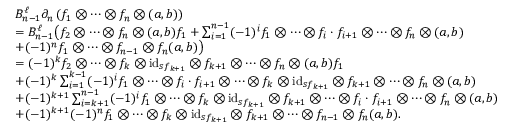
\begin{array} { r l } & { B _ { n - 1 } ^ { \ell } \partial _ { n } \left( f _ { 1 } \otimes \dots \otimes f _ { n } \otimes ( a , b ) \right) } \\ & { = B _ { n - 1 } ^ { \ell } \big ( f _ { 2 } \otimes \dots \otimes f _ { n } \otimes ( a , b ) f _ { 1 } + \sum _ { i = 1 } ^ { n - 1 } ( - 1 ) ^ { i } f _ { 1 } \otimes \dots \otimes f _ { i } \cdot f _ { i + 1 } \otimes \dots \otimes f _ { n } \otimes ( a , b ) } \\ & { + ( - 1 ) ^ { n } f _ { 1 } \otimes \dots \otimes f _ { n - 1 } \otimes f _ { n } ( a , b ) \big ) } \\ & { = ( - 1 ) ^ { k } f _ { 2 } \otimes \dots \otimes f _ { k } \otimes \mathrm { i d } _ { s f _ { k + 1 } } \otimes f _ { k + 1 } \otimes \dots \otimes f _ { n } \otimes ( a , b ) f _ { 1 } } \\ & { + ( - 1 ) ^ { k } \sum _ { i = 1 } ^ { k - 1 } ( - 1 ) ^ { i } f _ { 1 } \otimes \dots \otimes f _ { i } \cdot f _ { i + 1 } \otimes \dots \otimes f _ { k } \otimes \mathrm { i d } _ { s f _ { k + 1 } } \otimes f _ { k + 1 } \otimes \dots \otimes f _ { n } \otimes ( a , b ) } \\ & { + ( - 1 ) ^ { k + 1 } \sum _ { i = k + 1 } ^ { n - 1 } ( - 1 ) ^ { i } f _ { 1 } \otimes \dots \otimes f _ { k } \otimes \mathrm { i d } _ { s f _ { k + 1 } } \otimes f _ { k + 1 } \otimes \dots \otimes f _ { i } \cdot f _ { i + 1 } \otimes \dots \otimes f _ { n } \otimes ( a , b ) } \\ & { + ( - 1 ) ^ { k + 1 } ( - 1 ) ^ { n } f _ { 1 } \otimes \dots \otimes f _ { k } \otimes \mathrm { i d } _ { s f _ { k + 1 } } \otimes f _ { k + 1 } \otimes \dots \otimes f _ { n - 1 } \otimes f _ { n } ( a , b ) . } \end{array}